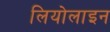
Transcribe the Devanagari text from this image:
लियोलाइन